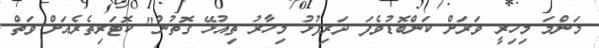
މަންމަ މިހިރީ ވަރަށް ކަންބޮޑުވެފަ ދަރިފުޅު މިހާރު ތިއުޅޭ ގޮތުން" ކޮޓަރިތެރެއަށް ވަތް